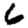
Digit: 6